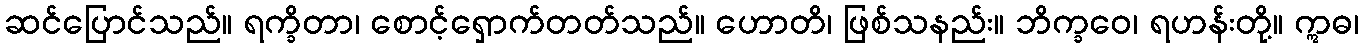
ဆင်ပြောင်သည်။ ရက္ခိတာ၊ စောင့်ရှောက်တတ်သည်။ ဟောတိ၊ ဖြစ်သနည်း။ ဘိက္ခဝေ၊ ရဟန်းတို့။ ဣဓ၊